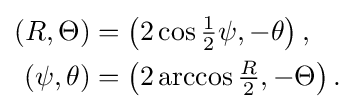
{\begin{aligned}(R,\Theta )&=\left(2\cos {\tfrac {1}{2}}\psi ,-\theta \right),\\(\psi ,\theta )&=\left(2\arccos {\tfrac {R}{2}},-\Theta \right).\end{aligned}}